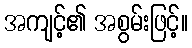
အကျင့်၏ အစွမ်းဖြင့်။